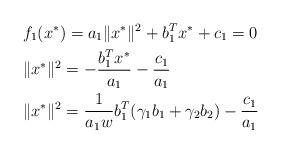
LaTeX: \begin{align*} &f_1(x^*)=a_1\|x^*\|^2+b_1^T{x^*}+c_1=0\\ &\|x^*\|^2=-\frac{b_1^T{x^*}}{a_1}-\frac{c_1}{a_1}\\ &\|x^*\|^2=\frac{1}{a_1w}b_1^T(\gamma_1 b_1+\gamma_2 b_2)-\frac{c_1}{a_1} \end{align*}